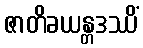
ဇာတိခယန္တဒဿိံ